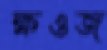
ক্ষওজ